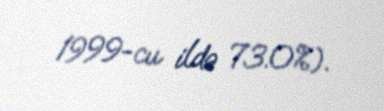
1999-cu ildə 73.0%).